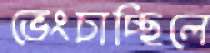
ভেংচাচ্ছিলে